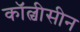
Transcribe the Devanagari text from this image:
कॉल्चीसीन